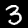
Label: 3